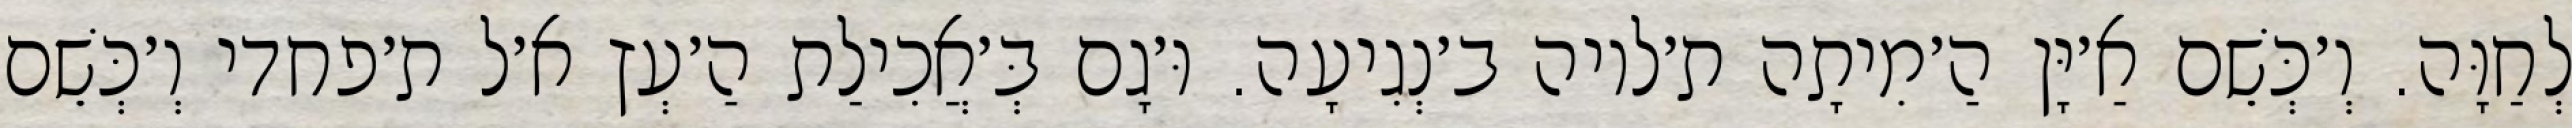
לְחַוָּה. וְ׳כְּשֵׁם אַ׳יָּן הַ׳מִיתָה ת׳לויה ב׳נְגִיעָה. וּ׳גָם בְּ׳אֲכִילַת הַ׳עְץ א׳ל ת׳פחדי וְ׳כְּשֵׁם